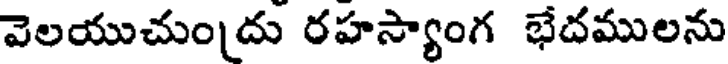
వెలయుచుందు రహస్యాంగ భేదములను